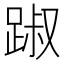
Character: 踧